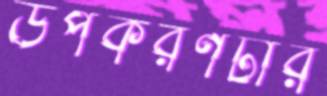
উপকরণটার